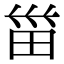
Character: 𱰭